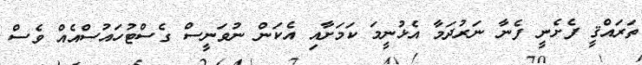
ތަރައްޤީ ފެށެނީ ފެނާ ނަރުދަމާ އެޅުނީމަ ކަމަށާއި އެކަން ނުވަނީސް ގެސްޓުހައުސްއެއް ވެސް